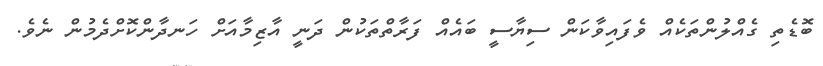
ބޮޑެތި ގެއްލުންތަކެއް ވެފައިވާކަން ސިޔާސީ ބައެއް ފަރާތްތަކުން ދަނީ އާޒިމާއަށް ހަނދާންކޮށްދެމުން ނެވެ.